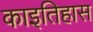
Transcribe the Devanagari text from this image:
काइतिहास